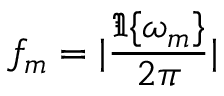
f _ { m } = | \frac { \Im \{ \omega _ { m } \} } { 2 \pi } |